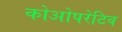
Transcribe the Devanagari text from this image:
कोओपरेटिव